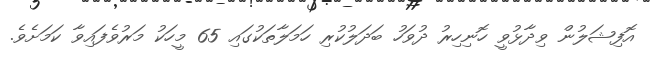
އޮފިޝަލުން ވިދާޅުވީ ހޮނިހިރު ދުވަހު ބަދަލުކުރި ހަމަލާތަކުގައި 65 މީހަކު މަރުވެފައިވާ ކަމަށެވެ.